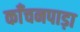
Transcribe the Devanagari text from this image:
काँचनपाड़ा